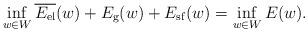
LaTeX: \begin{align*}\inf_{w\in W}\overline{E_{\rm el}}(w) + E_{\rm g}(w)+E_{\rm sf}(w)=\inf_{w\in W}E(w).\end{align*}